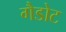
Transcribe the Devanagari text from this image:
गैडोट